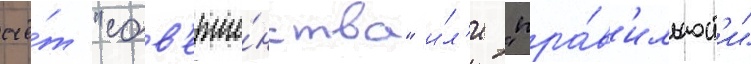
счё́т "сов'ерше́нства" и́л'и "пра́в'ильност'и"